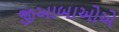
જીઆબાઓએ